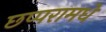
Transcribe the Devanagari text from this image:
छप्परामधे